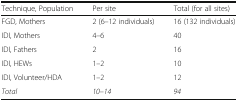
<table><thead><tr><td><b>Technique, Population</b></td><td><b>Per site</b></td><td><b>Total (for all sites)</b></td></tr></thead><tbody><tr><td>FGD, Mothers</td><td>2 (6–12 individuals)</td><td>16 (132 individuals)</td></tr><tr><td>IDI, Mothers</td><td>4–6</td><td>40</td></tr><tr><td>IDI, Fathers</td><td>2</td><td>16</td></tr><tr><td>IDI, HEWs</td><td>1–2</td><td>10</td></tr><tr><td>IDI, Volunteer/HDA</td><td>1–2</td><td>12</td></tr><tr><td><i>Total</i></td><td><i>10–14</i></td><td><i>94</i></td></tr></tbody></table>